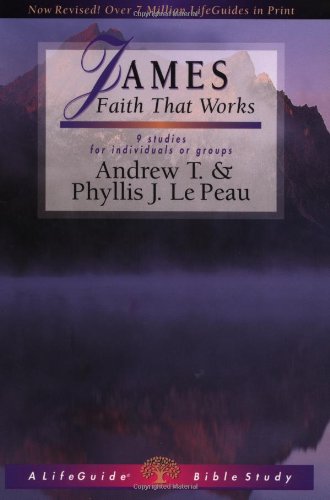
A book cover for James: Faith That Works (Lifeguide Bible Studies); Andrew T. Le Peau; Christian Books & Bibles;